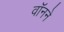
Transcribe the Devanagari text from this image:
वॉनने